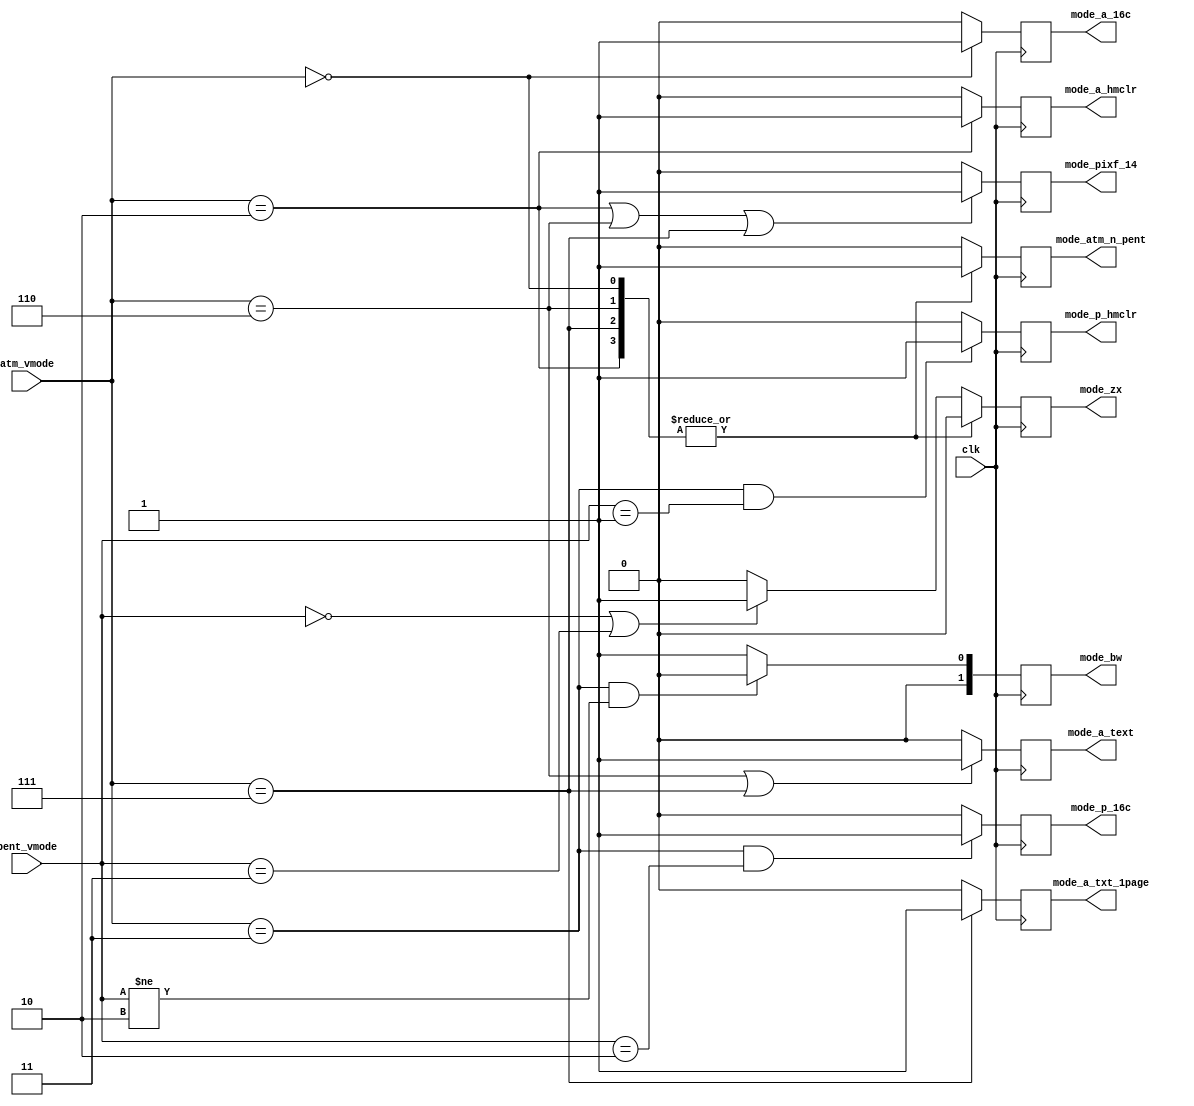
module video_modedecode(

	input  wire        clk,

	input  wire [ 1:0] pent_vmode, // inputs as set by Z80 environment
	input  wire [ 2:0] atm_vmode,  //


	output reg         mode_atm_n_pent, // =1 - atm modes, =0 - pentagon modes (mainly for border and visible area changing)


	output reg         mode_zx, // standard ZX mode

	output reg         mode_p_16c,   // pentagon 16 colors
	output reg         mode_p_hmclr, // pentagon hardware multicolor


	output reg         mode_a_hmclr, // 640x200 atm hardware multicolor
	output reg         mode_a_16c,   // 320x200 atm 16 colors
	output reg         mode_a_text,  // 640x200 (80x25 symbols) atm text mode
	output reg         mode_a_txt_1page, // atm text mode in a single page (modifier for mode_a_text)

	output reg         mode_pixf_14, // =1: 14MHz pixelclock on (default is 7MHz).


	output reg  [ 1:0] mode_bw // required bandwidth: 2'b00 - 1/8, 2'b01 - 1/4,
	                           //                     2'b10 - 1/2, 2'b11 - 1
);

// values for pent_vmode and atm_vmode:

// pent:
// 2'b00 - standard ZX
// 2'b01 - hardware multicolor
// 2'b10 - pentagon 16 colors
// 2'b11 - not defined yet

// atm:
// 3'b011 - zx modes (pent_vmode is active)
// 3'b010 - 640x200 hardware multicolor
// 3'b000 - 320x200 16 colors
// 3'b110 - 80x25 text mode
// 3'b111 - 80x25 text mode (single page)
// 3'b??? (others) - not defined yet




	always @(posedge clk)
	begin
		case( atm_vmode )
			3'b010:  mode_atm_n_pent <= 1'b1;
			3'b000:  mode_atm_n_pent <= 1'b1;
			3'b110:  mode_atm_n_pent <= 1'b1;
			3'b111:  mode_atm_n_pent <= 1'b1;

			3'b011:  mode_atm_n_pent <= 1'b0;
			default: mode_atm_n_pent <= 1'b0;
		endcase


		case( atm_vmode )
			3'b010: mode_zx <= 1'b0;
			3'b000: mode_zx <= 1'b0;
			3'b110: mode_zx <= 1'b0;
			3'b111: mode_zx <= 1'b0;

			default: begin
				if( (pent_vmode==2'b00) || (pent_vmode==2'b11) )
					mode_zx <= 1'b1;
				else
					mode_zx <= 1'b0;
			end
		endcase


		
		if( (atm_vmode==3'b011) && (pent_vmode==2'b10) )
			mode_p_16c <= 1'b1;
		else
			mode_p_16c <= 1'b0;


		if( (atm_vmode==3'b011) && (pent_vmode==2'b01) )
			mode_p_hmclr <= 1'b1;
		else
			mode_p_hmclr <= 1'b0;


		if( atm_vmode==3'b010 )
			mode_a_hmclr <= 1'b1;
		else
			mode_a_hmclr <= 1'b0;
		

		if( atm_vmode==3'b000 )
			mode_a_16c <= 1'b1;
		else
			mode_a_16c <= 1'b0;
		

		if( (atm_vmode==3'b110) || (atm_vmode==3'b111) )
			mode_a_text <= 1'b1;
		else
			mode_a_text <= 1'b0;
		
		if( atm_vmode==3'b111 )
			mode_a_txt_1page <= 1'b1;
		else
			mode_a_txt_1page <= 1'b0;



		if( (atm_vmode==3'b010) || (atm_vmode==3'b110) || (atm_vmode==3'b111) )
			mode_pixf_14 <= 1'b1;
		else
			mode_pixf_14 <= 1'b0;



		if( (atm_vmode==3'b011) && (pent_vmode!=2'b10) )
			mode_bw <= 2'b00; // 1/8
		else
			mode_bw <= 2'b01; // 1/4


	end

endmodule